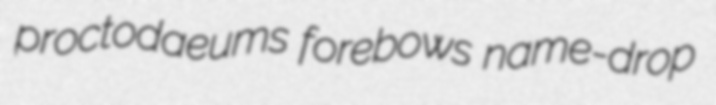
proctodaeums forebows name-drop